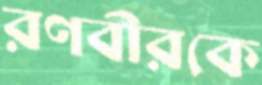
রণবীরকে